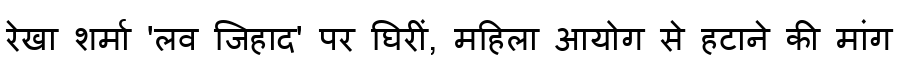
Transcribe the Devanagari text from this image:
रेखा शर्मा 'लव जिहाद' पर घिरीं, महिला आयोग से हटाने की मांग